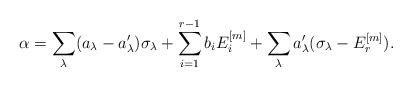
LaTeX: \begin{align*}\alpha = \sum_{\lambda} (a_\lambda - a'_\lambda)\sigma_\lambda + \sum_{i=1}^{r-1} b_i E_i^{[m]} + \sum_{\lambda} a'_\lambda (\sigma_\lambda - E_r^{[m]}).\end{align*}